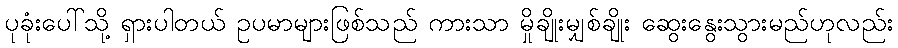
ပုခုံးပေါ်သို့ ရှားပါတယ် ဥပမာများဖြစ်သည် ကားသာ မှိုချိုးမျှစ်ချိုး ဆွေးနွေးသွားမည်ဟုလည်း